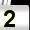
Digit: 2